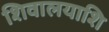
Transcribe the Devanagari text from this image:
शिवालयाशि